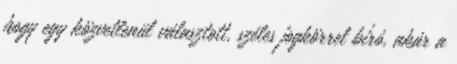
hogy egy közvetlenül választott, széles jogkörrel bíró, akár a